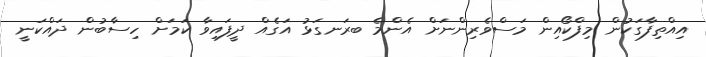
އިއްތިފާގަކުން މިފްކޯއިން މަސްވެރިންނަށް އެންމެ ބރަނގަޅު އަގެއް ދީފައިވާ ކަމަށް ހިސާބުން ދައްކަނީ